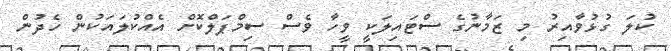
ކުލަ ގުޅުވާއިރު މި ޒަމާނުގެ ސްޓައިލަކީ ވީހާ ވެސް ސިމްޕަލްކޮށް އެއްކުލައަކުން ހެދުން